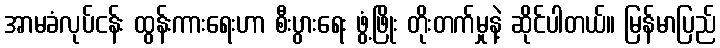
အာမခံလုပ်ငန်း ထွန်းကားရေးဟာ စီးပွားရေး ဖွံ့ဖြိုး တိုးတက်မှုနဲ့ ဆိုင်ပါတယ်။ မြန်မာပြည်